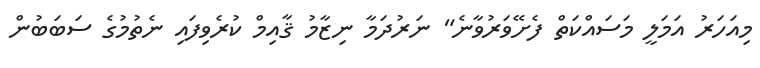
މިއަހަރު އަމަލީ މަސައްކަތް ފެށޭވަރުވާނެ" ނަރުދަމާ ނިޒާމު ޤާއިމް ކުރެވިފައި ނެތުމުގެ ސަބަބުން